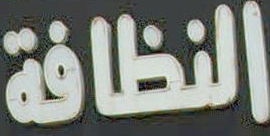
النظافة